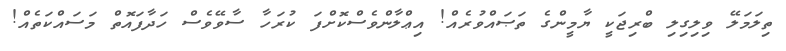
ތިލަމަލޭ ވިލިގިލި ބްރިޖަކީ ޔާމީންގެ ތަޞައްވުރެއް! އިޢްލާންވެސްކޮށްފަ ކުރަހާ ސާވޭވެސް ހަދާފައޮތް މަސައްކަތެއް!